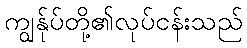
ကျွန်ုပ်တို့၏လုပ်ငန်းသည်